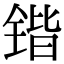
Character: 锴